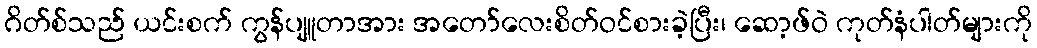
ဂိတ်စ်သည် ယင်းစက် ကွန်ပျူတာအား အတော်လေးစိတ်ဝင်စားခဲ့ပြီး၊ ဆော့ဖ်ဝဲ ကုတ်နံပါတ်များကို